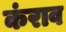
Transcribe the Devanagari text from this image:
कंराव